system: You are a helpful assistant.
user:
Analyze the provided spectrum to determine if it is a **Carbon Star (C-type)**.

- **Key Visual Indicators of Carbon Star:**
    - **(Primary):** Strong molecular absorption from **C₂ (diatomic carbon) "Swan Bands."** This is the **defining feature** of a carbon star.
        - **(Key Bandheads):** Sharp absorption edges are visible at approximately $5635$ Å, $5165$ Å (the strongest band), and $4737$ Å.
        - **(Line Profile):** Creates a distinct **"saw-tooth"** pattern. The key morphology is a sharp, steep bandhead on the **red (long-wavelength) side**, which then gradually tapers off (i.e., flux recovers) towards the **blue (short-wavelength) side**. *(This is the direct opposite of the TiO bands seen in M-type stars)*.

    - **(Secondary):** Intense **CN (cyanogen)** molecular absorption bands.
        - **(Key Bandheads):** Located in the blue and violet regions of the spectrum (e.g., near $4215$ Å and $3883$ Å).
        - **(Morphology):** These bands are extremely broad and act as a "blanket," absorbing the vast majority of blue and violet light. This creates a characteristic **"cliff"** or **"steep drop-off"** in the spectrum's flux at short wavelengths.

    - **(Key Confirmation):** Strong **CH absorption band (G-band)**.
        - **(Key Bandhead):** Located around $4300$ Å. The contribution from CH molecules to this band is exceptionally strong.

    - **(Overall Spectrum):**
        - The continuum is severely "chopped up" by these deep molecular bands, especially C₂, rather than appearing as a smooth curve.
        - Due to the heavy CN and C₂ absorption in the blue-green, the vast majority of the star's flux is concentrated in the red part of the spectrum, giving the star its characteristic deep red color.

Think first, call **spectral_visualization_tool** if needed to examine features in detail, then provide your final answer. Your response must adhere to the following strict rules:
1.  **Overall Structure:** Your response must follow the format `<think>...</think> <tool_call>...</tool_call> (if a tool is used) <answer>...</answer>`.
2.  **Tool Usage Constraint:** You may only make **one** tool call per turn.
3.  **Final Answer Format:** In the `<answer>` tag, your conclusion must be inside a `\boxed{}` command (e.g., `\boxed{YES}`), followed by your justification.

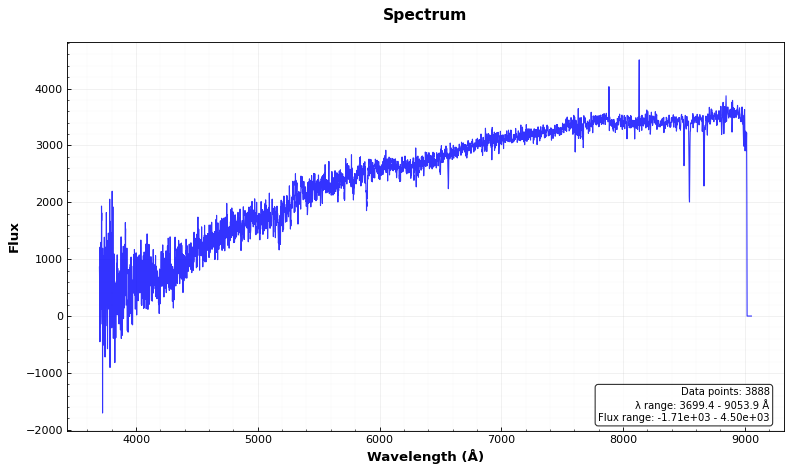
Answer: NO